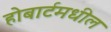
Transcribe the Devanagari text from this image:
होबार्टमधील